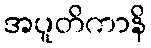
အပူတိကာနိ